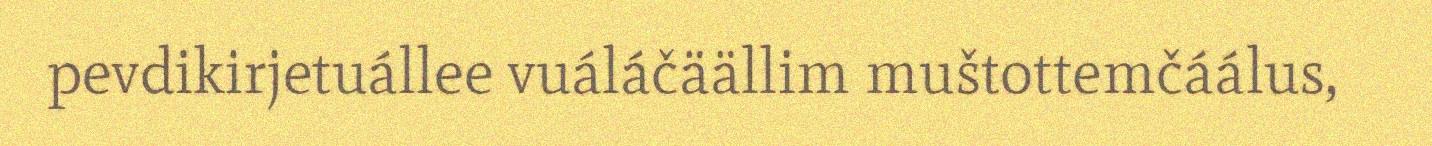
pevdikirjetuállee vuáláčäällim muštottemčáálus,